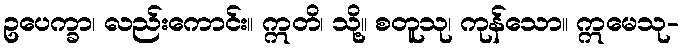
ဥပေက္ခာ၊ လည်းကောင်း။ ဣတိ၊ သို့။ စတူသု၊ ကုန်သော။ ဣမေသု-